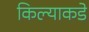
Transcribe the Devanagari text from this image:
किल्याकडे